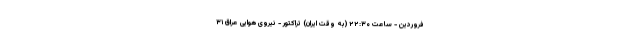
فروردین - ساعت ۲۲:۳۰ (به وقت ایران) تراکتور - نیروی هوایی عراق ۳۱